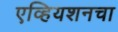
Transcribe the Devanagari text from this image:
एव्हियशनचा